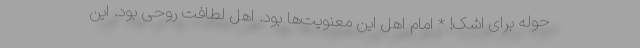
حوله برای اشک! * امام اهل این معنویت‌ها بود. اهل لطافت روحی بود. این